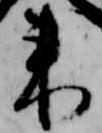
来